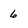
Character: 6